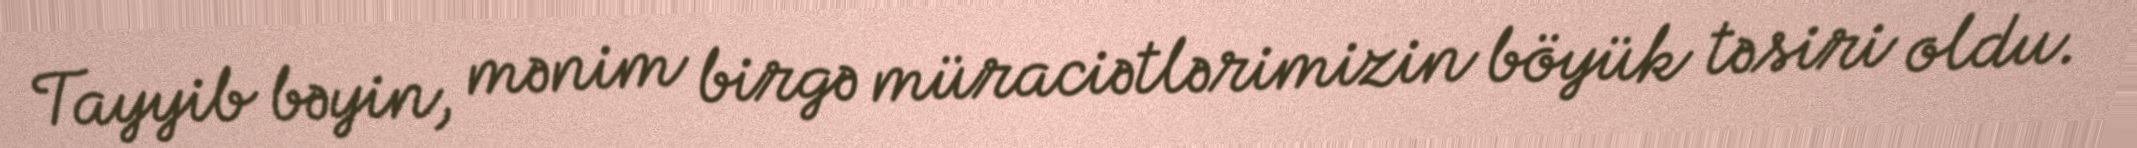
Tayyib bəyin, mənim birgə müraciətlərimizin böyük təsiri oldu.